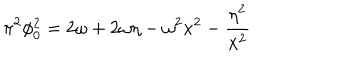
LaTeX: \pi ^ { 2 } \phi _ { 0 } ^ { 2 } = 2 \omega + 2 \omega \eta - \omega ^ { 2 } x ^ { 2 } - { \frac { \eta ^ { 2 } } { x ^ { 2 } } }